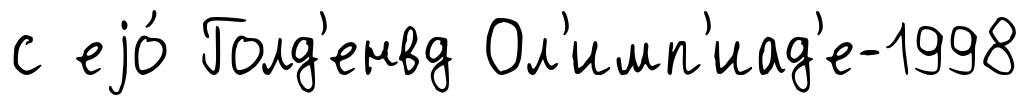
с еjо́ Голд'енвд Ол'имп'иад'е-1998